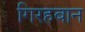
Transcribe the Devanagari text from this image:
गिरहबान